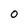
Character: 0